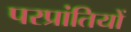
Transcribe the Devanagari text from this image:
परप्रांतियों